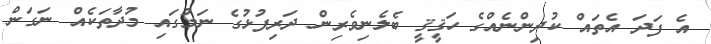
އެ ފަދަ އެތައް ކުދިންނެއްގެ ހަޤީޤީ ބެލެނިވެރިން ދަރިފުޅުގެ ނަމުގައި މުދާތަކެއް ނަގަން